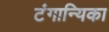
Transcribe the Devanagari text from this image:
टंगान्यिका